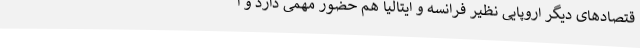
قتصادهای دیگر اروپایی نظیر فرانسه و ایتالیا هم حضور مهمی دارد و ا